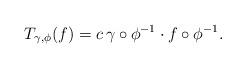
LaTeX: \begin{align*}T_{\gamma,\phi}(f)=c\,\gamma\circ\phi^{-1}\cdot f\circ\phi^{-1}.\end{align*}